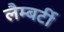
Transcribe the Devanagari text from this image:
लैम्बर्टी